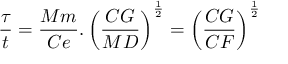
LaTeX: { \frac { \tau } { t } } = { \frac { M m } { C e } } . \left( { \frac { C G } { M D } } \right) ^ { \frac { 1 } { 2 } } = \left( { \frac { C G } { C F } } \right) ^ { \frac { 1 } { 2 } }